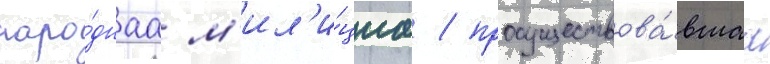
наро́днаа м'ил'и́циа / просуществова́вшаа